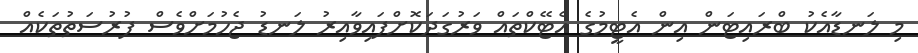
މި ލަނޑާއެކު ބްރައިޓަން އިން އެޓީމުގެ އެޓޭކްތައް ވަރުގަދަކޮށްފައިވާއިރު ލަނޑު ޖެހުމަށްވެސް ފުރުސަތުތަކެއް